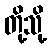
တို့သို့